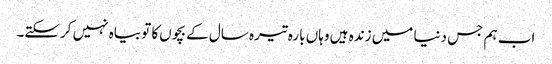
اب ہم جس دنیا میں‌ زندہ ہیں‌ وہاں‌ بارہ تیرہ سال کے بچوں‌کا تو بیاہ نہیں‌ کرسکتے۔